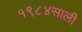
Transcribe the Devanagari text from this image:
१९८४साली